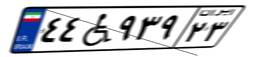
۰۴W۲۶۵۴۵